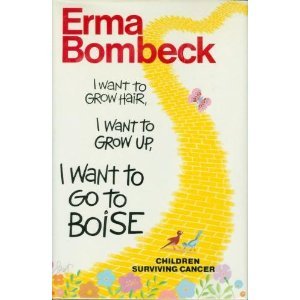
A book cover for I Want to Grow Hair, I Want to Grow Up, I Want to Go to Boise: Children Surviving Cancer; Erma Bombeck; Humor & Entertainment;